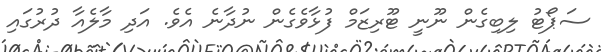
ސަޕޯޓު ލިބިގެން ނޫނީ ޓޫރިޒަމް ފުޅާވެގެން ނުދާނެ އެވެ. އަދި މާލެއާ ދުރުގައި